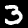
Digit: 3